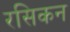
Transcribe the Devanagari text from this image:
रसिकन